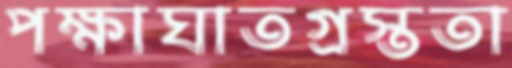
পক্ষাঘাতগ্রস্ততা